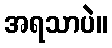
အရသာပဲ။